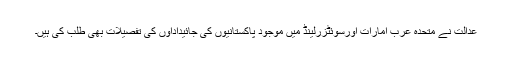
عدالت نے متحدہ عرب امارات اورسوئٹزرلینڈ میں موجود پاکستانیوں کی جائیداداوں کی تفصیلات بھی طلب کی ہیں۔